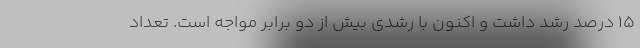
۱۵ درصد رشد داشت و اکنون با رشدی بیش از دو برابر مواجه است. تعداد